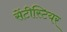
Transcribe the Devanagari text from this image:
सेंटीस्टियर